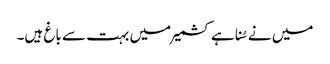
میں نے سُنا ہے کشمیر میں بہت سے باغ ہیں۔